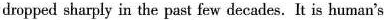
dropped sharply in the past few decades. It is human's